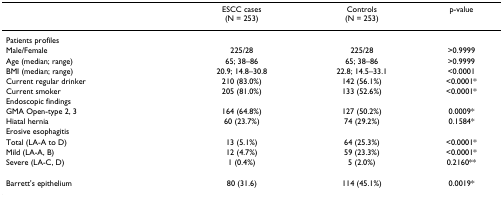
<table><thead><tr><td></td><td><b>ESCC cases(N = 253)</b></td><td><b>Controls(N = 253)</b></td><td><b>p-value</b></td></tr></thead><tbody><tr><td>Patients profiles</td><td></td><td></td><td></td></tr><tr><td>Male/Female</td><td>225/28</td><td>225/28</td><td>&gt;0.9999</td></tr><tr><td>Age (median; range)</td><td>65; 38–86</td><td>65; 38–86</td><td>&gt;0.9999</td></tr><tr><td>BMI (median; range)</td><td>20.9; 14.8–30.8</td><td>22.8; 14.5–33.1</td><td>&lt;0.0001</td></tr><tr><td>Current regular drinker</td><td>210 (83.0%)</td><td>142 (56.1%)</td><td>&lt;0.0001*</td></tr><tr><td>Current smokerEndoscopic findings</td><td>205 (81.0%)</td><td>133 (52.6%)</td><td>&lt;0.0001*</td></tr><tr><td>GMA Open-type 2, 3</td><td>164 (64.8%)</td><td>127 (50.2%)</td><td>0.0009*</td></tr><tr><td>Hiatal hernia</td><td>60 (23.7%)</td><td>74 (29.2%)</td><td>0.1584*</td></tr><tr><td>Erosive esophagitis</td><td></td><td></td><td></td></tr><tr><td>Total (LA-A to D)</td><td>13 (5.1%)</td><td>64 (25.3%)</td><td>&lt;0.0001*</td></tr><tr><td>Mild (LA-A, B)</td><td>12 (4.7%)</td><td>59 (23.3%)</td><td>&lt;0.0001*</td></tr><tr><td>Severe (LA-C, D)</td><td>1 (0.4%)</td><td>5 (2.0%)</td><td>0.2160**</td></tr><tr><td>Barrett&#x27;s epithelium</td><td>80 (31.6)</td><td>114 (45.1%)</td><td>0.0019*</td></tr></tbody></table>